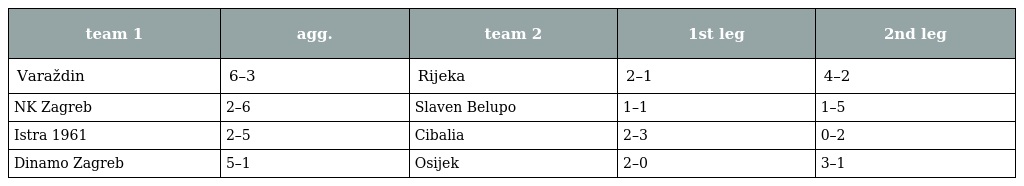
| team 1 | agg. | team 2 | 1st leg | 2nd leg |
 | --- | --- | --- | --- | --- |
 | Varaždin | 6–3 | Rijeka | 2–1 | 4–2 |
 | NK Zagreb | 2–6 | Slaven Belupo | 1–1 | 1–5 |
 | Istra 1961 | 2–5 | Cibalia | 2–3 | 0–2 |
 | Dinamo Zagreb | 5–1 | Osijek | 2–0 | 3–1 |